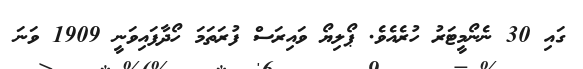
ގައި 30 ނެނޯމީޓަރު ހުރެއެވެ. ޕޯލިޔޯ ވައިރަސް ފުރަތަމަ ހޯދާފައިވަނީ 1909 ވަނަ